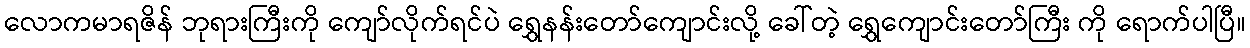
လောကမာရဇိန် ဘုရားကြီးကို ကျော်လိုက်ရင်ပဲ ရွှေနန်းတော်ကျောင်းလို့ ခေါ်တဲ့ ရွှေကျောင်းတော်ကြီး ကို ရောက်ပါပြီ။